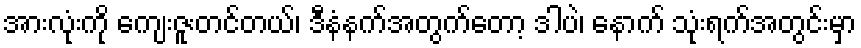
အားလုံးကို ကျေးဇူးတင်တယ်၊ ဒီနံနက်အတွက်တော့ ဒါပဲ၊ နောက် သုံးရက်အတွင်းမှာ